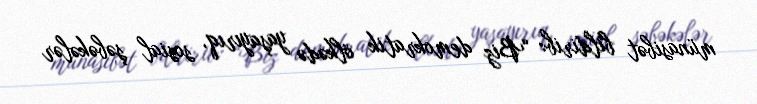
münasibət bildirib: “Biz demokratik ölkədə yaşayırıq, sosial şəbəkələr